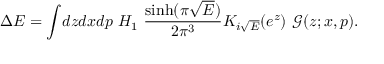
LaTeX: \Delta E = \int \! d z d x d p ~ H _ { 1 } ~ \frac { \sinh ( \pi \sqrt { E } ) } { 2 \pi ^ { 3 } } K _ { i \sqrt { E } } ( e ^ { z } ) ~ \mathcal { G } ( z ; x , p ) .